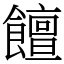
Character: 饘